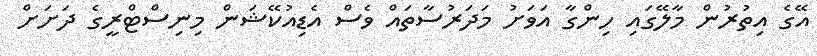
އޭގެ އިތުރުން މާލޭގައި ހިންގާ އަވަށު މަދަރުސާތައް ވެސް އެޑިއުކޭޝަން މިނިސްޓްރީގެ ދަށަށް